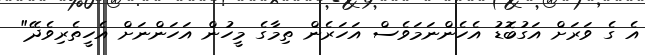
އެ ގެ ވަރަށް އަގުބޮޑު އެހެންނަމަވެސް އަހަރެން ތިމާގެ މީހުން އަހަންނަށް އެހީތެރިވެދޭ"